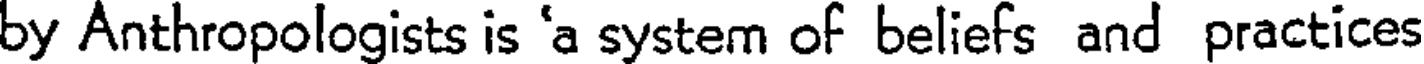
by Anthropologists is 'a system of beliefs and practices